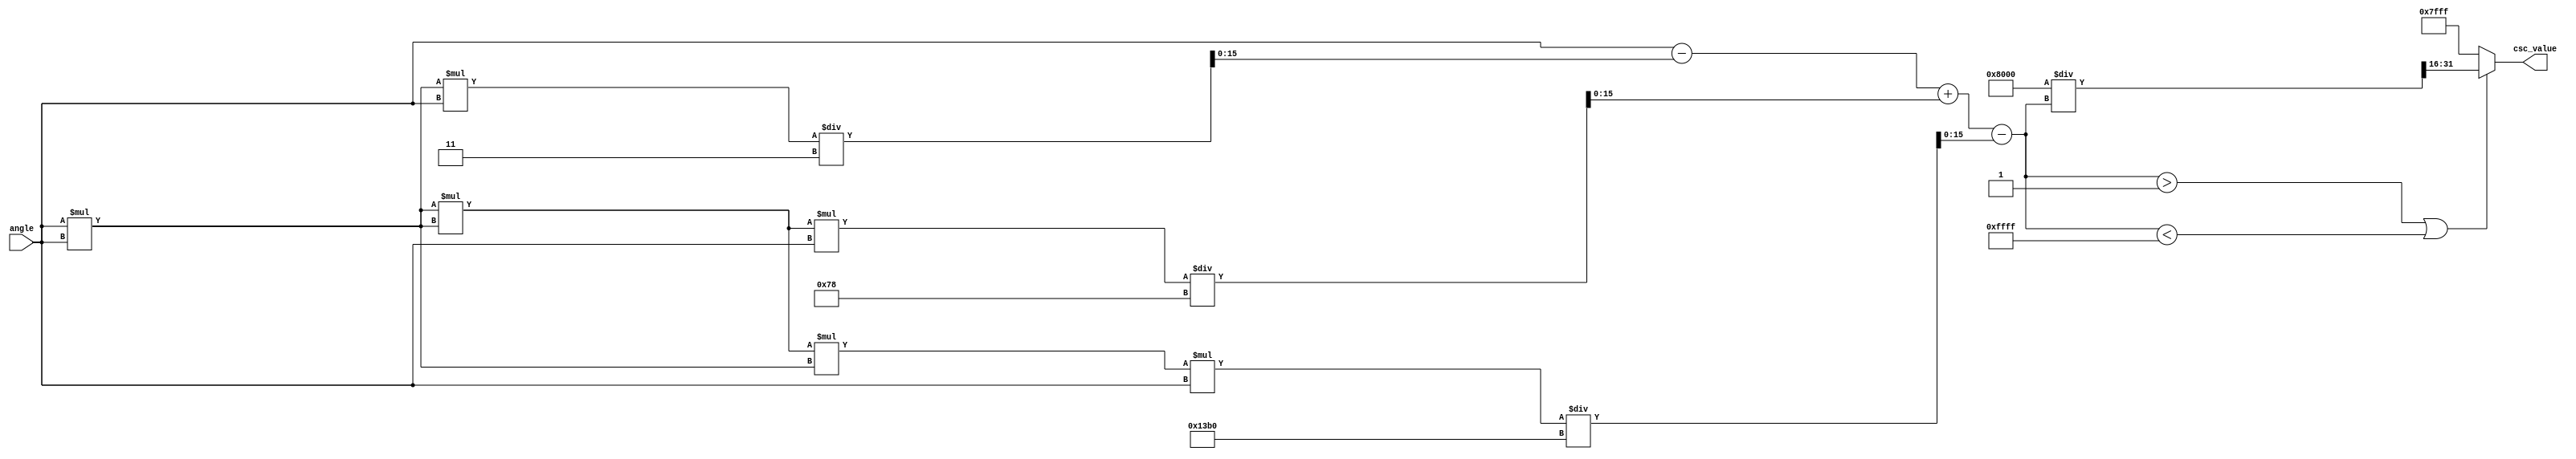
module csc_block (
    input  wire [16-1:0] angle,       // Fixed-point input angle Q1.15
    output reg  [16-1:0] csc_value     // Fixed-point output value Q1.15
);

    // Internal signals
    reg [16-1:0] sine_value;
    reg [16-1:0] sine_squared;
    reg [32-1:0] sine_inverse;         // To hold the division result
    reg signed [32-1:0] temp_csc_value; // Intermediate value for cosecant calculation

    // Sine calculation using Taylor series approximation
    // Sine(x) = x - x^3/3! + x^5/5! - x^7/7!
    function [16-1:0] sine;
        input [16-1:0] x; // Input angle in Q1.15
        reg [32-1:0] x_squared;
        begin
            x_squared = x * x; // x^2
            sine = x - (x_squared * x / 3) + (x_squared * x_squared * x / 120) - (x_squared * x_squared * x_squared * x / 5040);
        end
    endfunction

    // Always block to calculate the cosecant
    always @(*) begin
        // Calculate sine of the input angle
        sine_value = sine(angle);
        
        // Handle case where sine_value is close to zero
        if (sine_value > 16'h1 || sine_value < -16'h1) begin
            // Calculate the reciprocal of sine
            sine_inverse = (1 << 15) / sine_value; // 1 << 15 is 1.0 in Q1.15
            // Scale to Q1.15 format
            csc_value = sine_inverse[31:16]; // Take the upper 16 bits for Q1.15 format
        end else begin
            // Output a predefined value (e.g., infinity) if sine is zero
            csc_value = 16'h7FFF; // Representing 'infinity' in Q1.15
        end
    end

endmodule